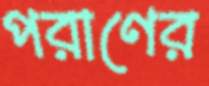
পরাণের